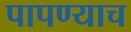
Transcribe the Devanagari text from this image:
पापण्याच